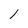
Character: l